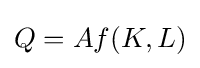
Q=Af(K,L)